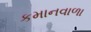
કમાનવાળા